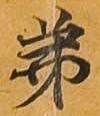
第